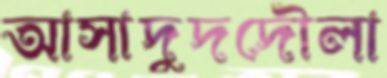
আসাদুদদৌলা